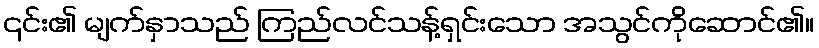
၎င်း၏ မျက်နှာသည် ကြည်လင်သန့်ရှင်းသော အသွင်ကိုဆောင်၏။